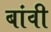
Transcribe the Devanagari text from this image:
बांवी